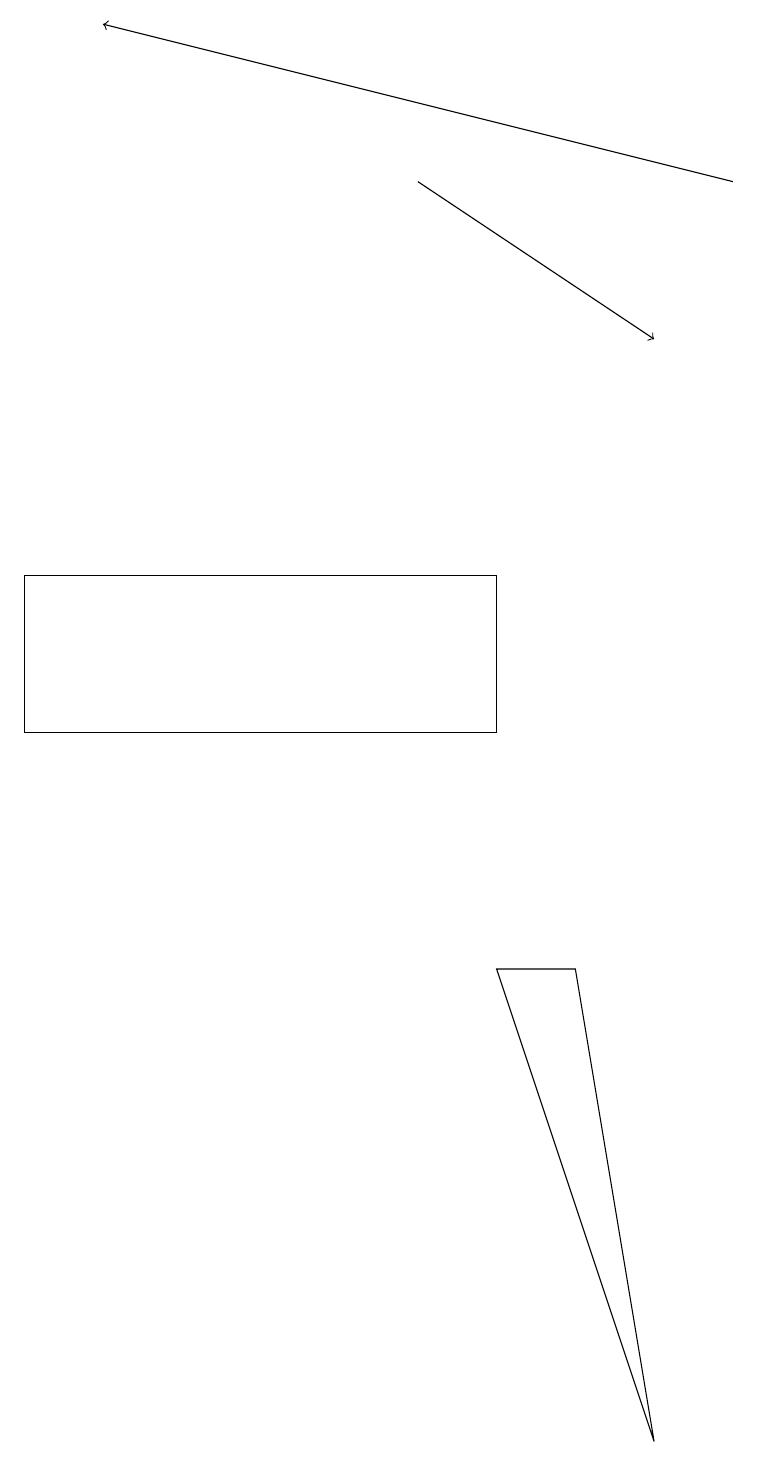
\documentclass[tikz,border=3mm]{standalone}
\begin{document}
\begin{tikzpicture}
\draw[->] (9,17) -- (1,19);
\draw[->] (5,17) -- (8,15);
\draw (0,10) rectangle (6,12);
\draw (8,1) -- (6,7) -- (7,7) -- cycle;
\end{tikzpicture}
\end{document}